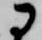
に